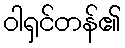
ဝါရှင်တန်၏